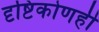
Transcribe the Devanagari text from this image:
दृष्टिकोणही